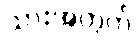
သားအတွက်